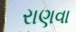
રાણવા